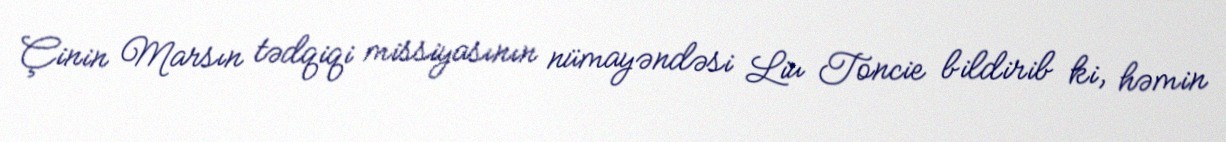
Çinin Marsın tədqiqi missiyasının nümayəndəsi Liu Toncie bildirib ki, həmin